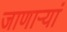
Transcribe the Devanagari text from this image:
जाणाऱ्यां